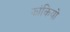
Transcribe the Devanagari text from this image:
झांकियो